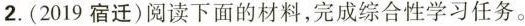
2.（2019宿迁）阅读下面的材料，完成综合性学习任务。